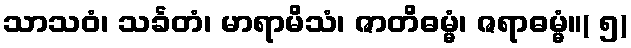
သာသဝံ၊ သင်္ခတံ၊ မာရာမိသံ၊ ဇာတိဓမ္မံ၊ ဇရာဓမ္မံ။( ၅)